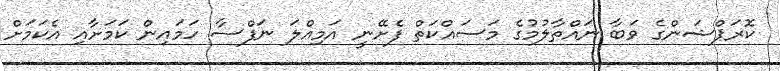
ކޮރަޕްޝަންގެ ވަބާ ނައްތާލުމުގެ މަސައްކަތް ފެށޭނީ އަމިއްލަ ނަފްސާ ހަމައިން ކަމަށާއި އެކަމަށް